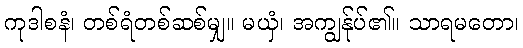
ကုဒါစနံ၊ တစ်ရံတစ်ဆစ်မျှ။ မယှံ၊ အကျွန်ုပ်၏။ သာရမတော၊